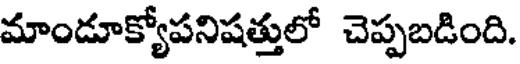
మాండూక్యోపనిషత్తులో చెప్పబడింది.